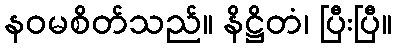
နဝမစိတ်သည်။ နိဋ္ဌိတံ၊ ပြီးပြီ။